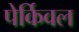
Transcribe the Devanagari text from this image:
पेर्किवल